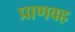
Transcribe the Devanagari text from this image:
प्राणवह